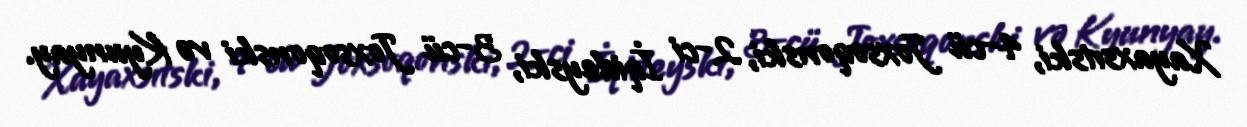
Xayaxsıtski, 4-cü Joxsoqonski, 2-ci İqideyski, 3-cü Joxsoqonski və Kyunyay.